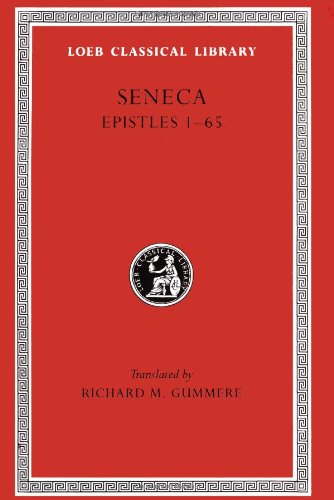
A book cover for Seneca, Volume IV, Epistles 1-65 (Loeb Classical Library No. 75); Seneca; Literature & Fiction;